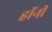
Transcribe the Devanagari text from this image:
हॉनी